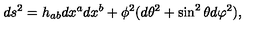
d s ^ { 2 } = h _ { a b } d x ^ { a } d x ^ { b } + \phi ^ { 2 } ( d \theta ^ { 2 } + \sin ^ { 2 } \theta d \varphi ^ { 2 } ) ,